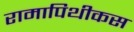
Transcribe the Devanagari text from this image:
रामापिथीकस